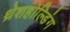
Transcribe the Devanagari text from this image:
थ्रेशहोल्डिंग